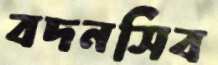
বদনসিব